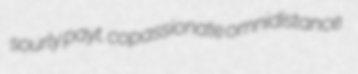
sourly payt. copassionate omnidistance